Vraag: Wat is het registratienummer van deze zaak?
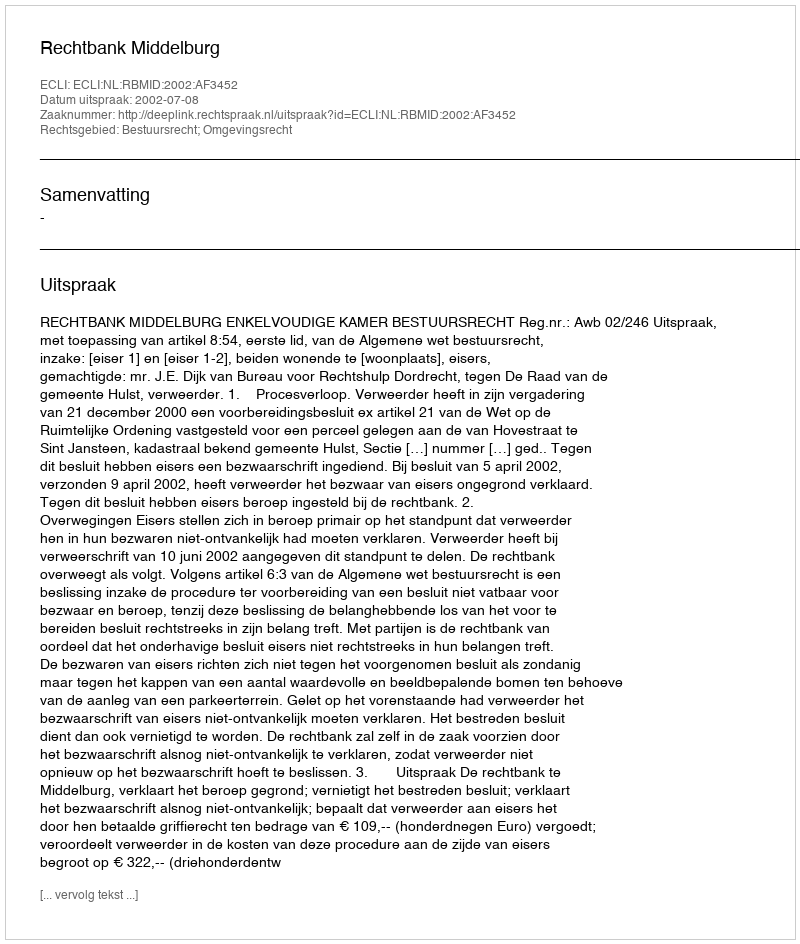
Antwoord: http://deeplink.rechtspraak.nl/uitspraak?id=ECLI:NL:RBMID:2002:AF3452